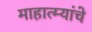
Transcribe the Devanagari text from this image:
माहात्म्यांचे